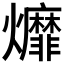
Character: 𤓒